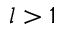
l > 1